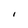
Character: I